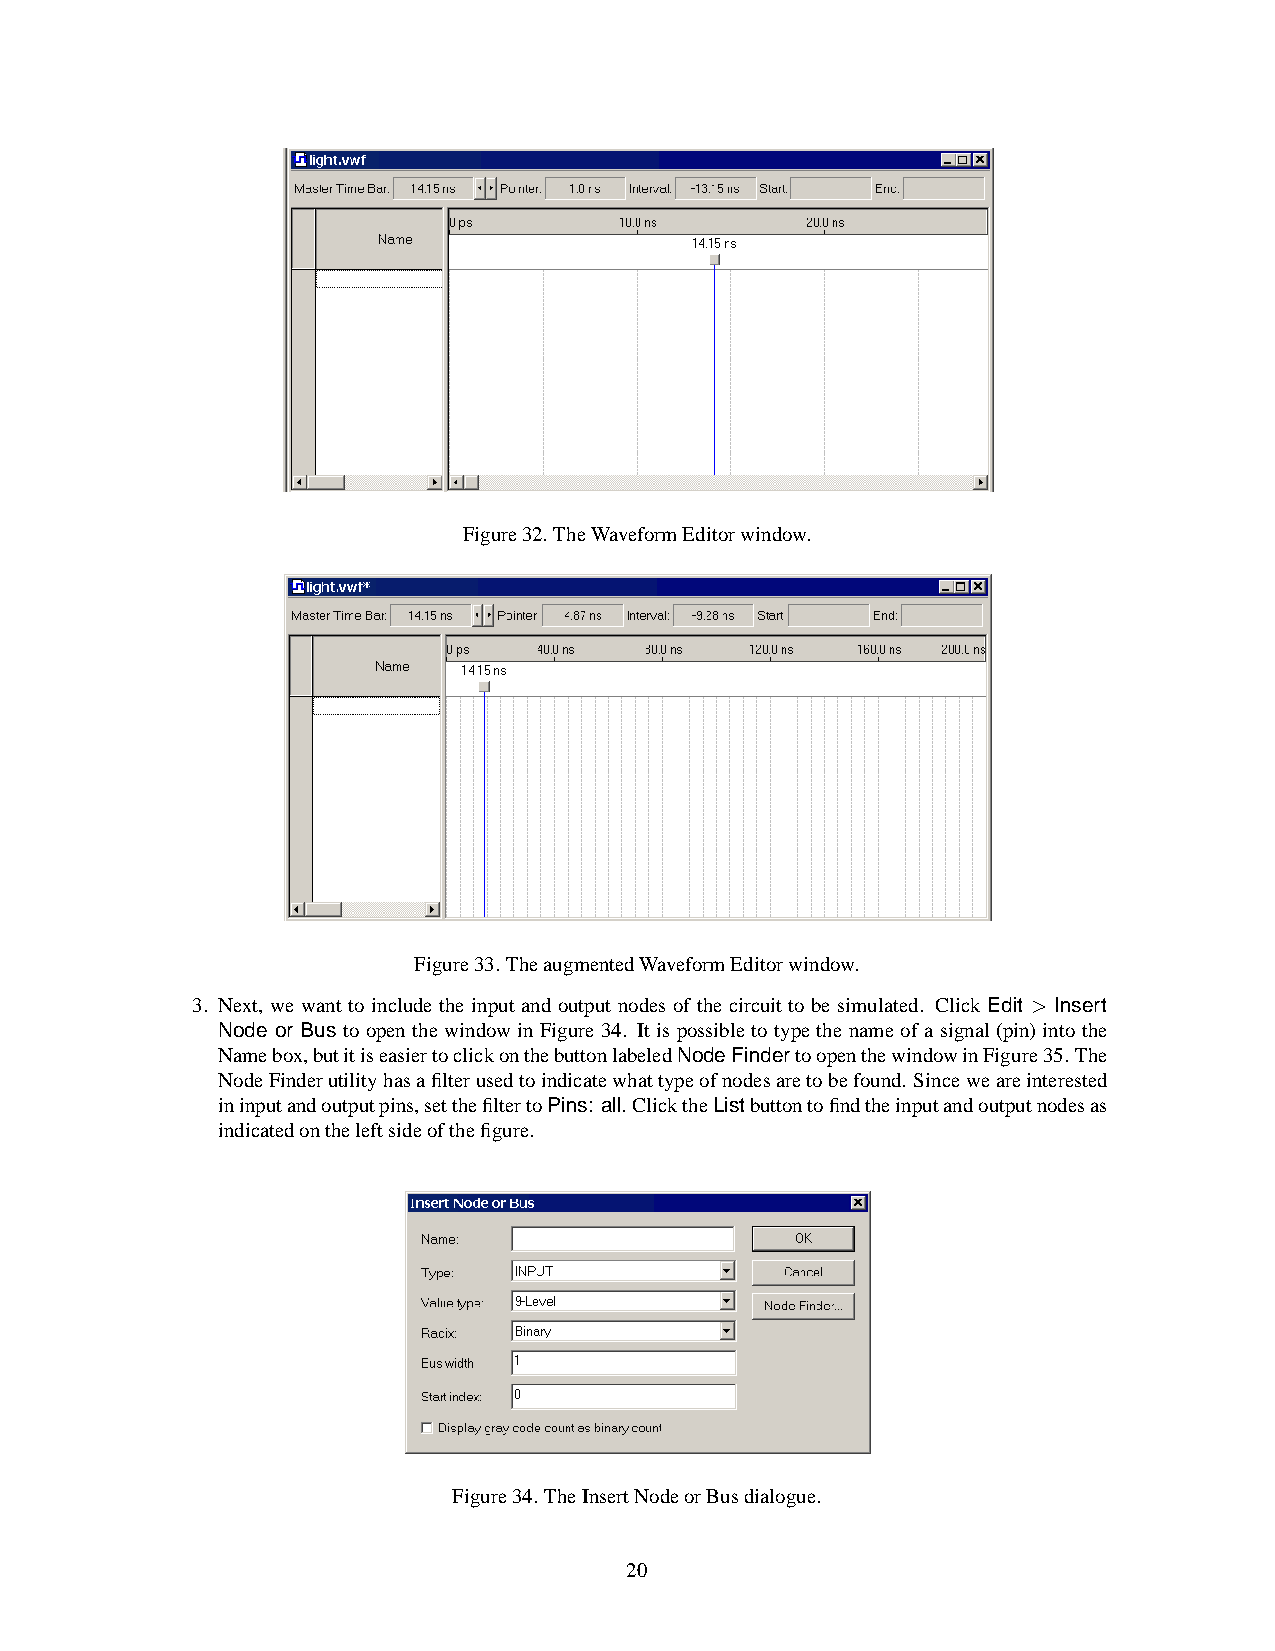
Figure32. TheWaveformEditorwindow.
 Figure33.TheaugmentedWaveformEditorwindow.
 3. Next, we want to include the input and output nodes of the circuit to be simulated. Click Edit > Insert
 Node or Bus to open the window in Figure 34. It is possible to type the name of a signal(pin) into the
 Namebox,butitiseasiertoclickonthebuttonlabeledNodeFindertoopenthewindowinFigure35.The
 NodeFinderutilityhasafilterusedtoindicatewhattypeofnodesaretobefound. Sinceweareinterested
 ininputandoutputpins,setthefiltertoPins: all. ClicktheListbuttontofindtheinputandoutputnodesas
 indicatedontheleftsideofthefigure.
 Figure34. TheInsertNodeorBusdialogue.
 20